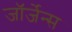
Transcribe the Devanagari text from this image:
जॉर्जेन्स